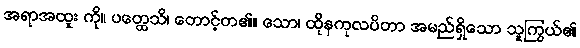
အရာအထူး ကို။ ပတ္ထေသိ၊ တောင့်တ၏။ သော၊ ထိုနကုလပိတာ အမည်ရှိသော သူကြွယ်၏